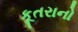
કૂતરાનો